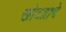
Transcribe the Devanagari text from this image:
खोटय़ाचे